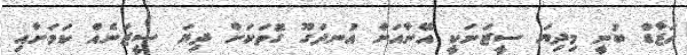
ހަޒާޑް ބުނީ މިދިޔަ ސީޒަނަކީ އޭނާއަށް އުނދަގޫ ގޮތަކަށް ދިޔަ ސީޒަނެއް ކަމަށާއި